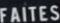
FAITES